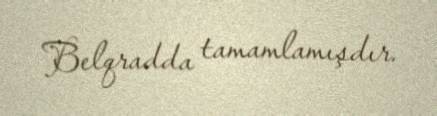
Belqradda tamamlamışdır.